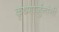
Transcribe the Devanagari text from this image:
कृष्णार्जुनांनी